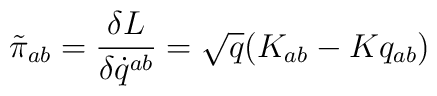
\tilde{\pi}_{ab}={\delta L \over \delta \dot{q}^{ab}}=\sqrt{q} (K_{ab}-K q_{ab})